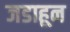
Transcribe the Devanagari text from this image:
जडाहून